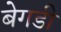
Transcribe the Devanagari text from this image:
बेगडी